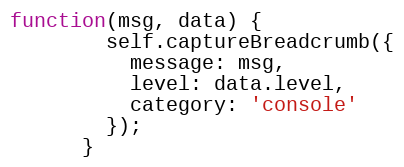
Language: JavaScript
function(msg, data) {
        self.captureBreadcrumb({
          message: msg,
          level: data.level,
          category: 'console'
        });
      }